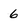
Character: 6